Lunatic asylums Madras 1877-1891 - 1877-1891
Year: 1877
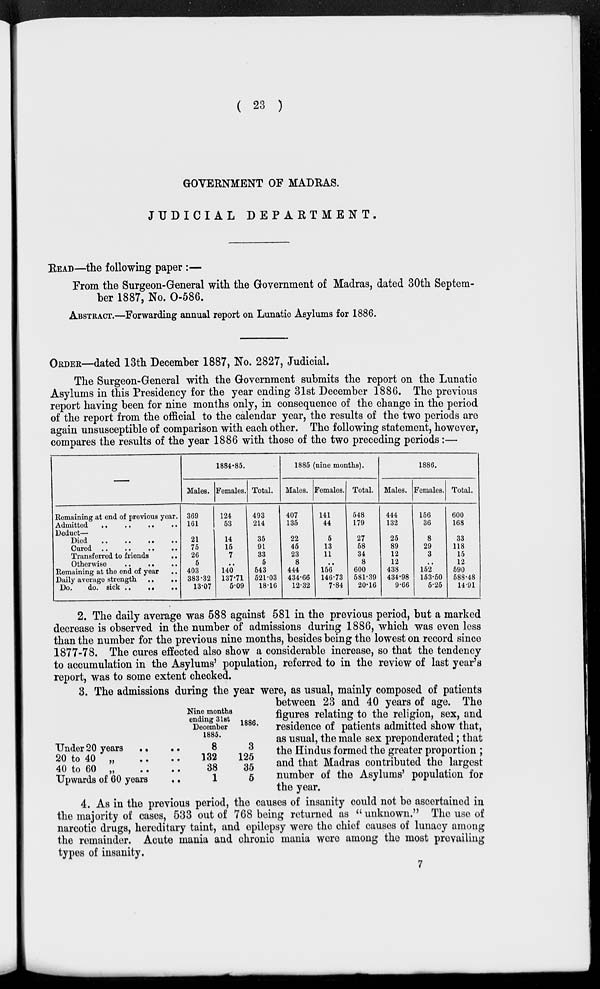
( 23 )
GOVERNMENT OF MADRAS.
JUDICIAL
DEPARTMENT.
READ—the following paper :—
From the Surgeon-General with the Government of Madras, dated 30th Septem-
ber 1887, No. 0-586.
ABSTRACT.—Forwarding annual report on Lunatic Asylums for 1886.
ORDER—dated 13th December 1887, No. 2827, Judicial.
The Surgeon-General with the Government submits the report on the Lunatic
Asylums in this Presidency for the year ending 31st December 1886. The previous
report having been for nine months only, in consequence of the change in the period
of the report from the official to the calendar year, the results of the two periods are
again unsusceptible of comparison with each other. The following statement, however,
compares the results of the year 1886 with those of the two preceding periods:—
—
Remaining at end of previous year.
Admitted .. .. .. ..
Deduct—
Died .. .. .. ..
Cured .. .. .. ..
Transferred to friends
..
Otherwise
.. .. ..
Remaining at the end of year
..
Daily average strength
..
..
Do.
do. sick
..
..
..
1884-85.
Males.
369
161
21
75
26
5
403
383.32
13.07
Females.
124
53
14
15
7
..
140
137.71
5.09
Total.
493
214
35
91
33
5
543
521.03
18.16
1885 (nine months).
Males.
407
135
22
45
23
8
444
434.66
12.32
Females.
141
44
5
13
11
..
156
146.73
7.84
Total.
548
179
27
58
34
8
600
581.39
20.16
1886.
Males.
444
132
25
89
12
12
438
434.98
9.66
Females.
156
36
8
29
3
..
152
153.50
5.25
Total.
600
168
33
118
15
12
590
588.48
14.91
2. The daily average was 588 against 581 in the previous period, but a marked
decrease is observed in the number of admissions during 1886, which was even less
than the number for the previous nine months, besides being the lowest on record since
1877-78. The cures effected also show a considerable increase, so that the tendency
to accumulation in the Asylums' population, referred to in the review of last year's
report, was to some extent checked.
Under 20 years .. ..
20 to 40 „ .. ..
40 to 60
„
..
..
Upwards of 60 years
..
Nine months
ending 31st
December
1885.
8
132
38
1
1886.
3
125
35
5
3. The admissions during the year were, as usual, mainly composed of patients
between 23 and 40 years of age. The
figures relating to the religion, sex, and
residence of patients admitted show that,
as usual, the male sex preponderated ; that
the Hindus formed the greater proportion ;
and that Madras contributed the largest
number of the Asylums' population for
the year.
4. As in the previous period, the causes of insanity could not be ascertained in
the majority of cases, 533 out of 768 being returned as " unknown." The use of
narcotic drugs, hereditary taint, and epilepsy were the chief causes of lunacy among
the remainder. Acute mania and chronic mania were among the most prevailing
types of insanity.
7